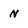
Character: n